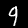
Digit: 9